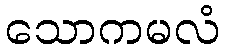
သောကမလံ